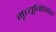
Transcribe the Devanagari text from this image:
मृत्यूनिमित्त